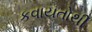
કવાયતોથી